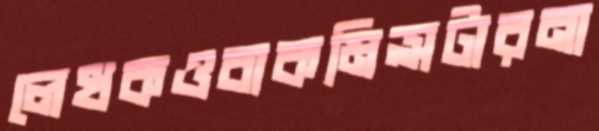
লেখকওবাকমিন্সটারনা